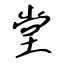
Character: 堂